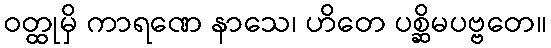
ဝတ္ထုမှိ ကာရဏေ နာသေ၊ ဟိတေ ပစ္ဆိမပဗ္ဗတေ။